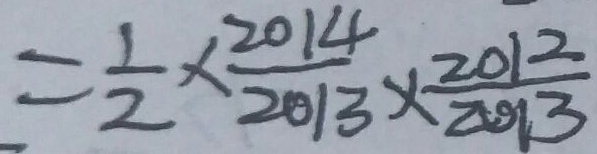
= \frac { 1 } { 2 } \times \frac { 2 0 1 4 } { 2 0 1 3 } \times \frac { 2 0 1 2 } { 2 0 1 3 }